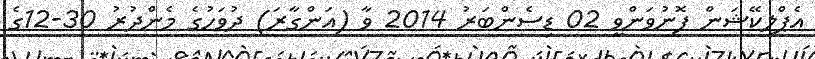
އެޕްލިކޭޝަން ފޮނުވަންވީ 02 ޑިސެންބަރު 2014 ވާ (އަންގާރަ) ދުވަހުގެ މެންދުރު 30-12ގެ